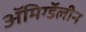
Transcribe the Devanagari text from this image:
ॲमिग्डॅलीन